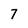
Character: 7